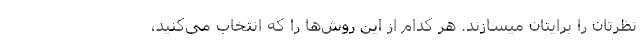
نظرتان را برایتان میسازند. هر کدام از این روش‌ها را که انتخاب می‌کنید،